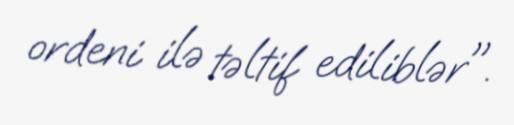
ordeni ilə təltif ediliblər".